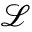
\mathcal { L }